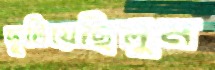
ছুটিয়েছিলুম